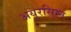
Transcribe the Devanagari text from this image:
अयुरसिम्न